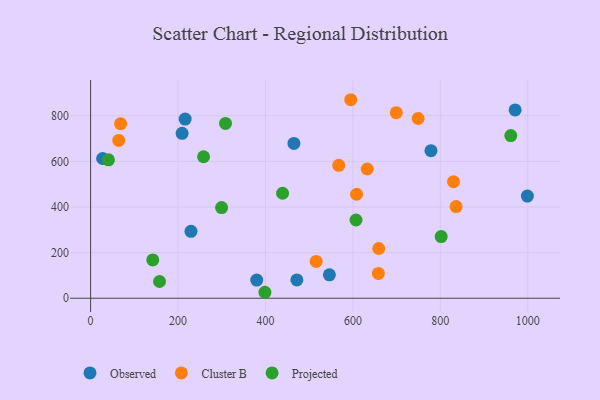
{"axis": {"x": "Engine Size", "y": "Sales"}, "legend": ["Cluster B", "Observed", "Projected"], "data": [{"x": "999.1", "y": 447.7, "type": "Observed"}, {"x": "229.6", "y": 293.4, "type": "Observed"}, {"x": "971.1", "y": 825.3, "type": "Observed"}, {"x": "546.2", "y": 102.4, "type": "Observed"}, {"x": "465.1", "y": 678.7, "type": "Observed"}, {"x": "27.5", "y": 612.4, "type": "Observed"}, {"x": "209.3", "y": 722.8, "type": "Observed"}, {"x": "216.2", "y": 785.2, "type": "Observed"}, {"x": "471.8", "y": 80.1, "type": "Observed"}, {"x": "380.0", "y": 79.7, "type": "Observed"}, {"x": "778.6", "y": 646.8, "type": "Observed"}, {"x": "836.1", "y": 401.9, "type": "Cluster B"}, {"x": "658.2", "y": 108.8, "type": "Cluster B"}, {"x": "567.6", "y": 582.4, "type": "Cluster B"}, {"x": "632.8", "y": 566.4, "type": "Cluster B"}, {"x": "699.2", "y": 813.4, "type": "Cluster B"}, {"x": "68.6", "y": 765.1, "type": "Cluster B"}, {"x": "830.1", "y": 510.7, "type": "Cluster B"}, {"x": "659.1", "y": 218.0, "type": "Cluster B"}, {"x": "64.4", "y": 691.5, "type": "Cluster B"}, {"x": "749.2", "y": 787.9, "type": "Cluster B"}, {"x": "595.0", "y": 870.1, "type": "Cluster B"}, {"x": "608.4", "y": 455.8, "type": "Cluster B"}, {"x": "516.0", "y": 161.5, "type": "Cluster B"}, {"x": "801.9", "y": 270.4, "type": "Projected"}, {"x": "258.4", "y": 620.2, "type": "Projected"}, {"x": "142.2", "y": 167.7, "type": "Projected"}, {"x": "439.1", "y": 460.1, "type": "Projected"}, {"x": "961.2", "y": 712.9, "type": "Projected"}, {"x": "40.9", "y": 606.5, "type": "Projected"}, {"x": "299.6", "y": 397.4, "type": "Projected"}, {"x": "157.7", "y": 73.4, "type": "Projected"}, {"x": "398.7", "y": 26.1, "type": "Projected"}, {"x": "308.6", "y": 766.2, "type": "Projected"}, {"x": "607.1", "y": 342.8, "type": "Projected"}]}